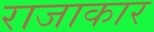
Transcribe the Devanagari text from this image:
राजाकार